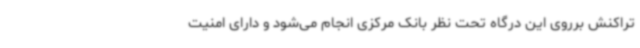
تراکنش برروی این درگاه تحت نظر بانک مرکزی انجام می‌شود و دارای امنیت